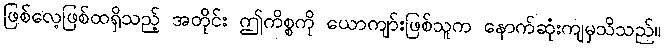
ဖြစ်လေ့ဖြစ်ထရှိသည့် အတိုင်း ဤကိစ္စကို ယောကျာ်းဖြစ်သူက နောက်ဆုံးကျမှသိသည်။